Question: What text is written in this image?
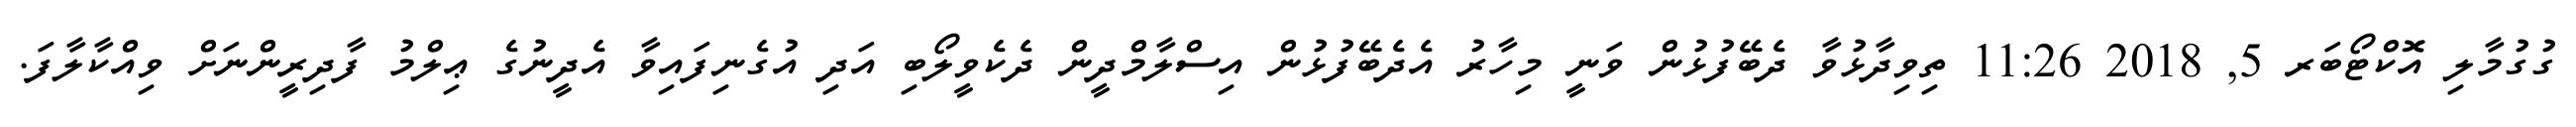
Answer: ގުގުމާލި އޮކްޓޯބަރ 5, 2018 11:26 ތިވިދާޅުވާ ދެބޭފުޅުން ވަނީ މިހާރު އެދެބޭފުޅުން އިސްލާމްދީން ދެކެވީލޯބި އަދި އުގެނިފައިވާ އެދީނުގެ ޢިލްމު ފާދިރީންނަށް ވިއްކާލާފަ.